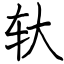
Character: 轪